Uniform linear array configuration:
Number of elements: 12
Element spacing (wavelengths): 0.5
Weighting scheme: hamming
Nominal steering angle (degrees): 15
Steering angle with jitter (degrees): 15.29
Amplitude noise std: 0.05
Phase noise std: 0.05

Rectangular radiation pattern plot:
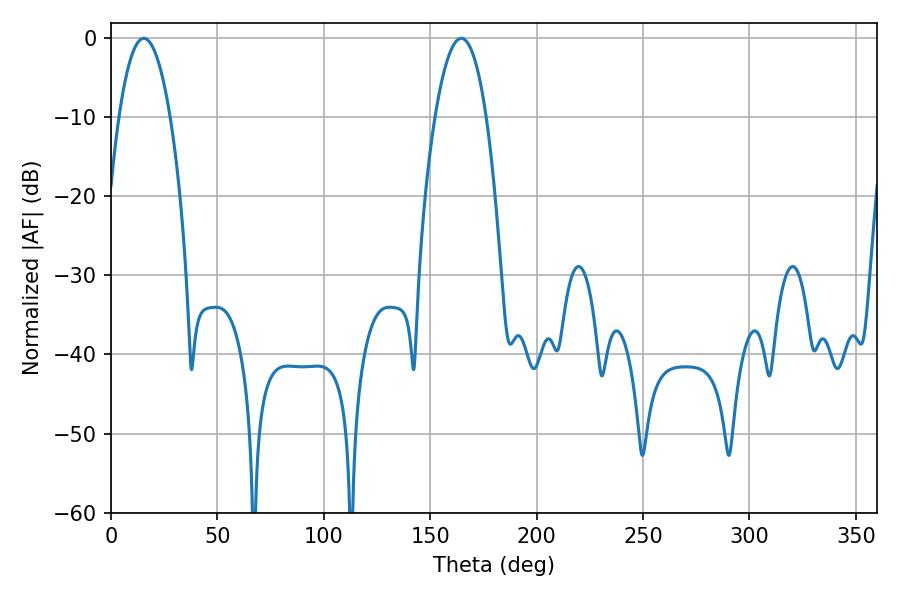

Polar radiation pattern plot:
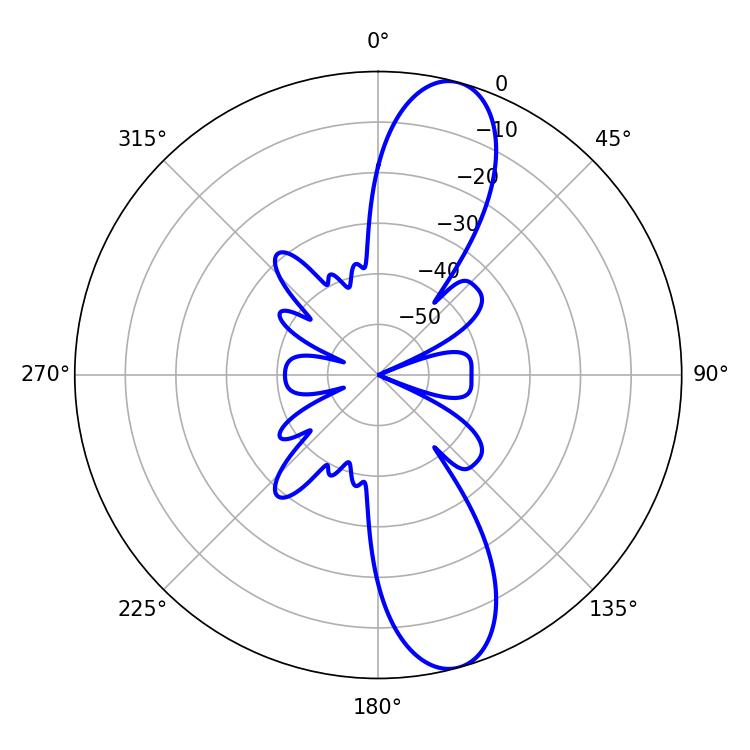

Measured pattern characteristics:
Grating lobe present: FALSE
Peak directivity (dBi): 11.776
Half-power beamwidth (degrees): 13.32
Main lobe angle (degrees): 164.52